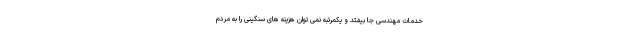
خدمات مهندسی جا بیفتد و یکمرتبه نمی توان هزینه های سنگینی را به مردم